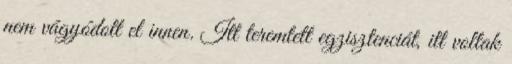
nem vágyódott el innen. Itt teremtett egzisztenciát, itt voltak